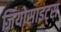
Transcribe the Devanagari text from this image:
जियोसाइट्स